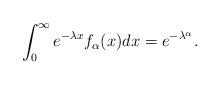
LaTeX: \begin{align*}\int_{0}^{\infty} e^{-\lambda x}f_\alpha(x) dx = e^{-\lambda^\alpha}.\end{align*}